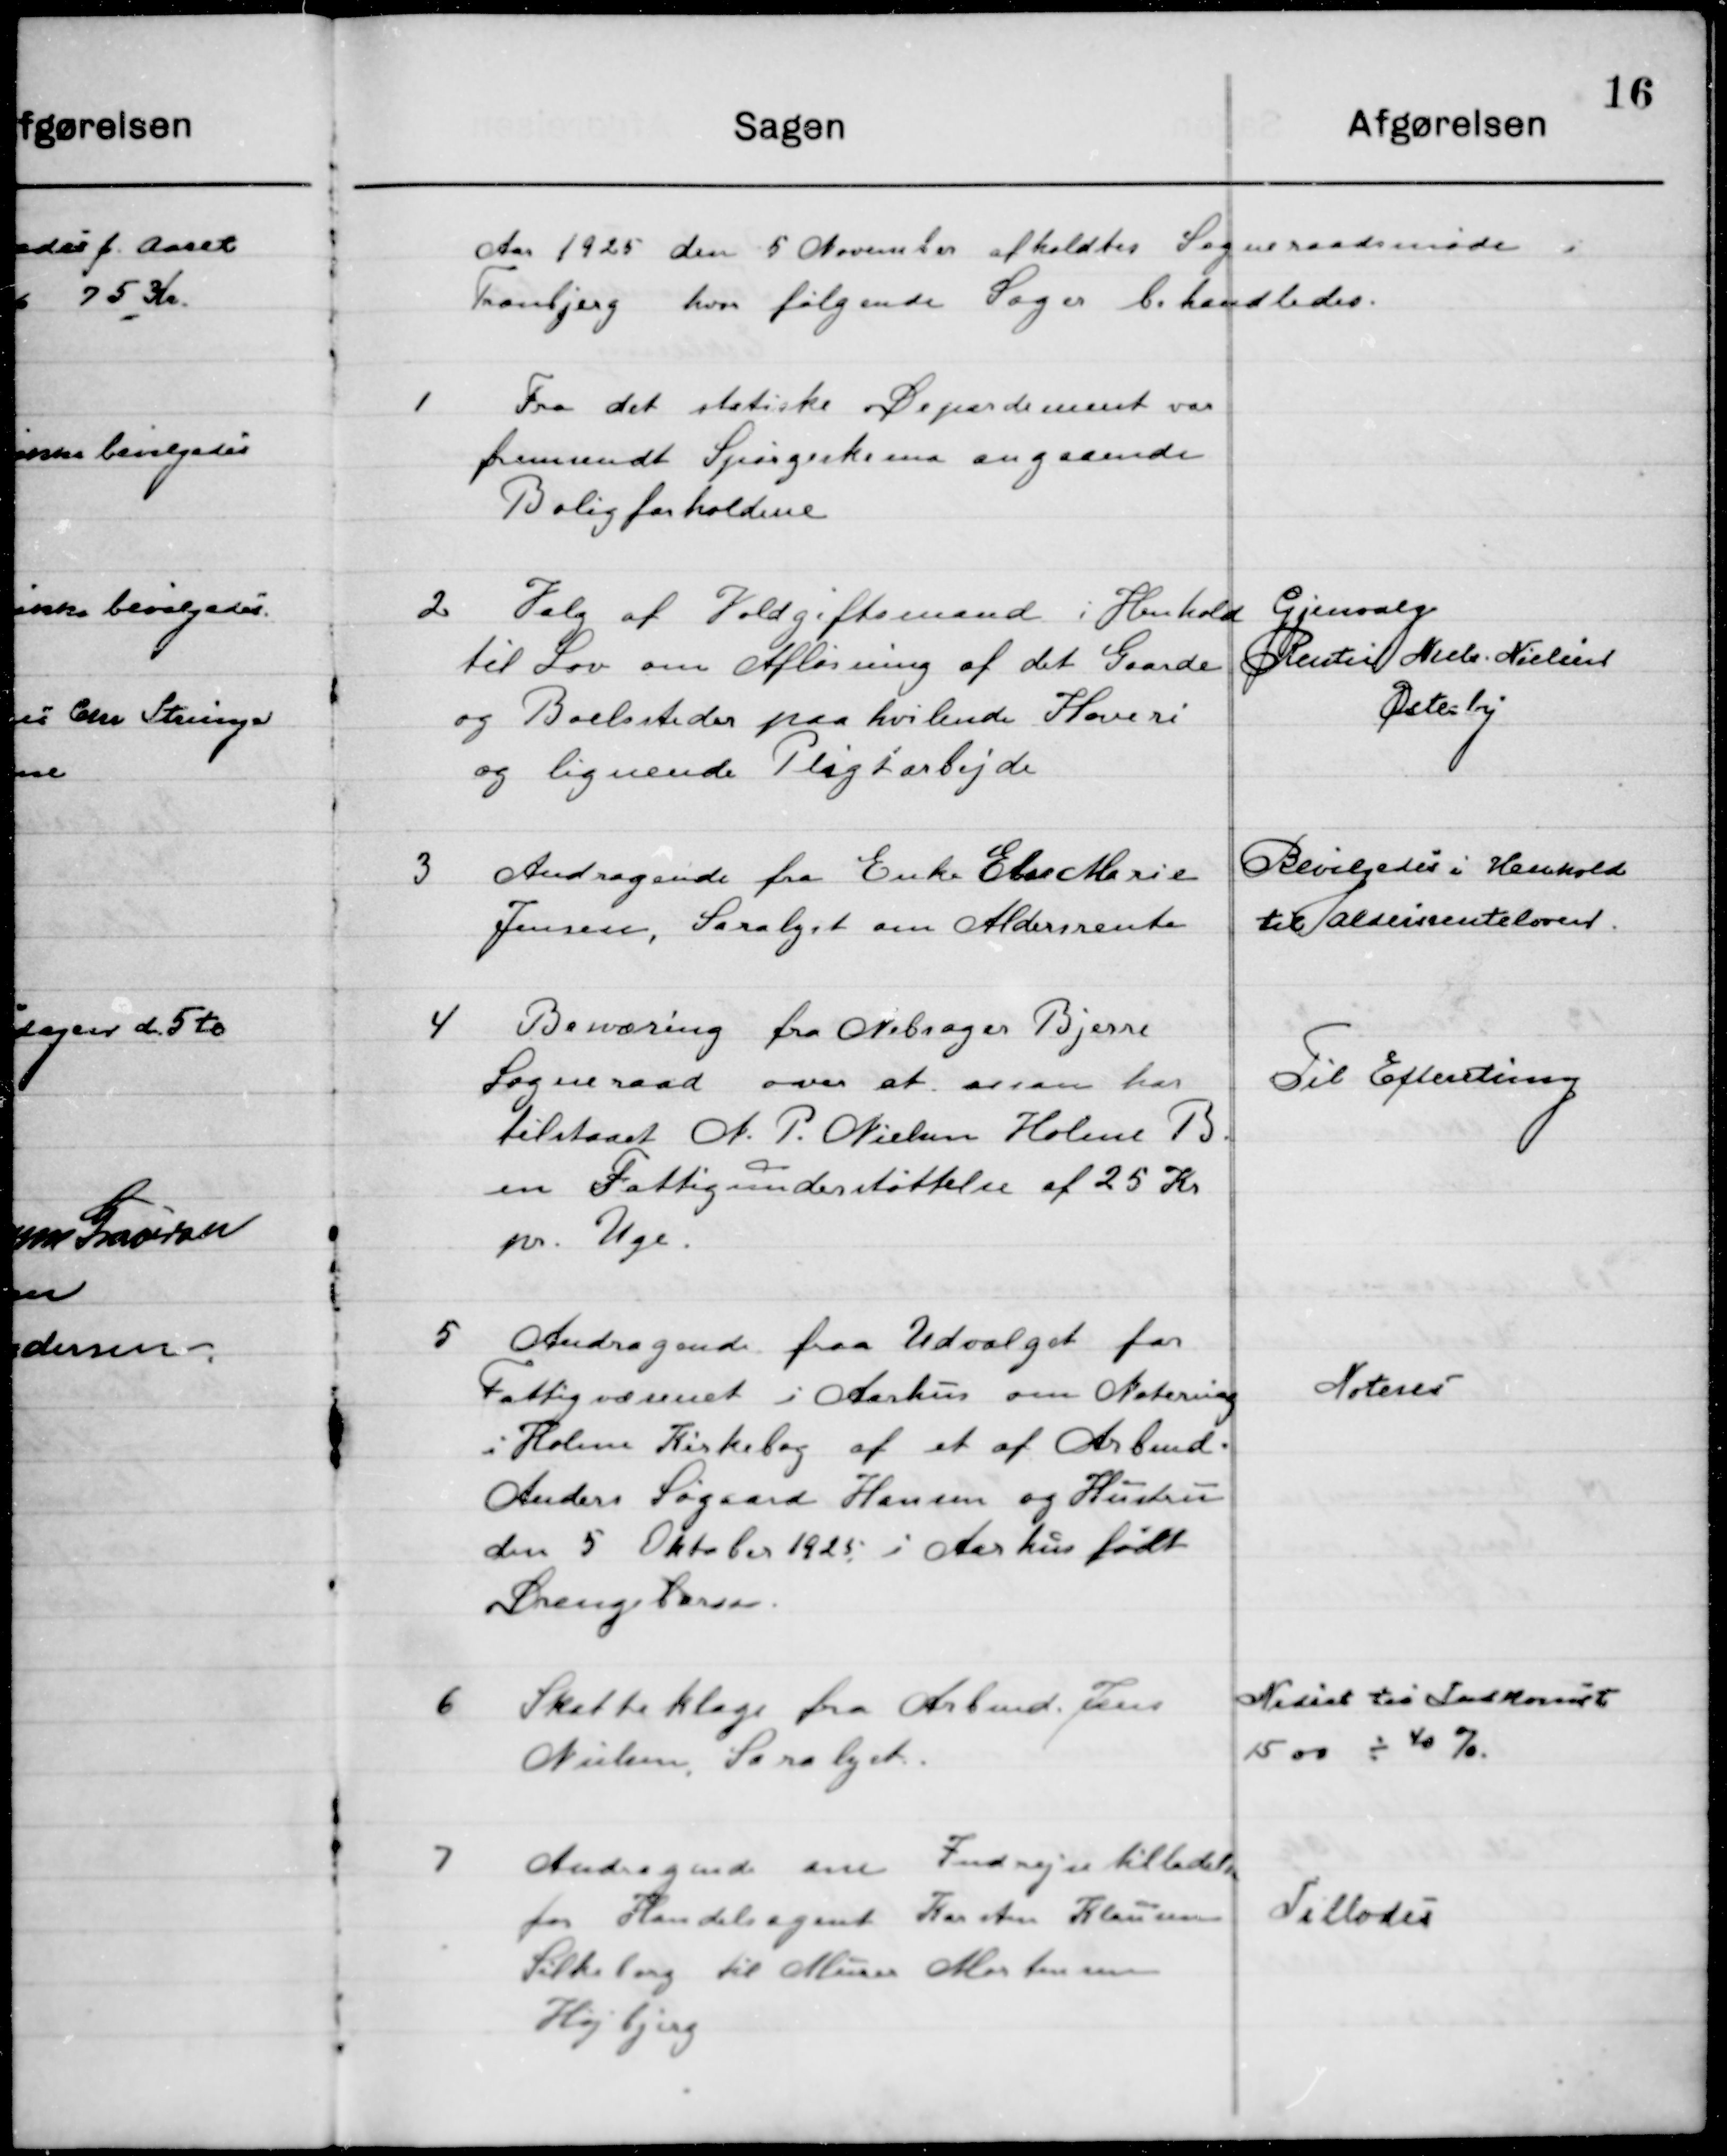
Transskription:
Aaret 1925 den 5 November afholdtes Sogneraadsmøde i 
Tranbjerg hvor følgende Sager behandledes.

1

Fra det statiske Departement var 
fremsendt Spørgeskema angaaende
Boligforholdene.

2

Valg af Voldgiftsmand i henhold
til lov om Afløsning af det Gaarde
og Boelsteder paa hvilende Hoveri
og lignende Pligtarbejde

Gjenvalg
Reuter Niels Nielsen
Østerby

3

Andragende fra Enke Else Marie
Jensen, Saralyst om Aldersrente.

Bevilgedes i Henhold
til Aldersrenteloven.

4

Benævning fra Nebsager Bjerre
Sogneraad over at man har 
tilstaaet N. P. Nielsen Holme B.
en Fattigunderstøttelse af 25 Kr.
pr. Uge.

Til Efterretning

5

Andragende fra Udvalget for
Fattigvæsenet i Aarhus om Notering
i Holme Kirkebog af et af Arbmd.
Anders Søgaard hasen og Hustru
den 5 Oktober 1925 i Aarhus født 
drengebarn.

Noteres

6

Skatteklage fra Arbmd. Jens
Nielsen, Saralyst

Nedsat til Indkomst 
1500 – 40%.

7

Andragende om Indrejsetilladelse
for Handelsagent Karsten Klausen
Silkeborg til Murer Mortensen
Højbjerg

Tillodes